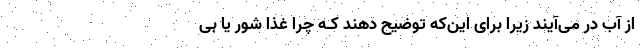
از آب در می‌آیند زیرا برای این‌که توضیح دهند کـه چرا غذا شور یا بی